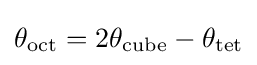
\theta _{\mathrm {oct} }=2\theta _{\mathrm {cube} }-\theta _{\mathrm {tet} }